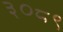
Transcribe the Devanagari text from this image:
३०८९